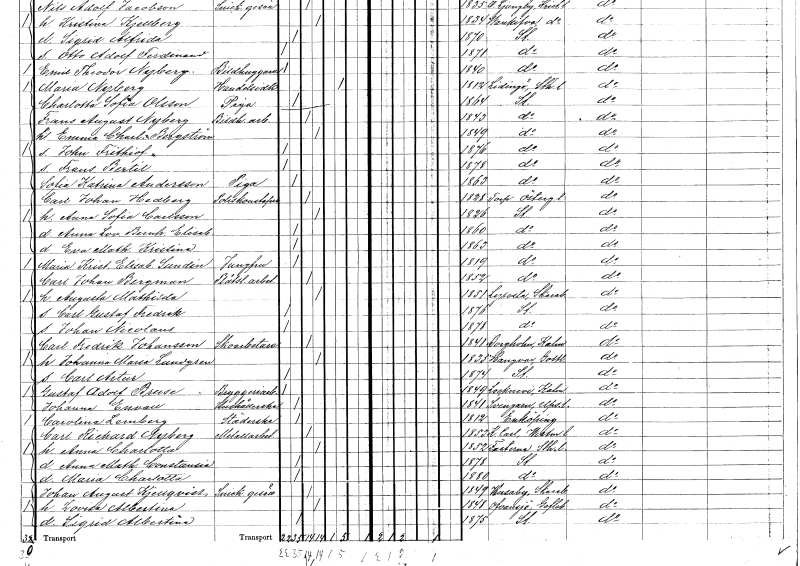
gt_parse: households: individuals: FN: Carl Johan
EN: Hedberg
YRKE: Poliskonstapel
KON: M
CIV: G
FODAR: 1828
FODFORS: Torpa Östergötlands län
FN: Anna Sofia
EN: Carlsson
KON: K
CIV: G
FODAR: 1826
FODFORS: Stockholm
FN: Anna Lovisa Bernhardina Elisabet
KON: K
CIV: O
FODAR: 1860
FODFORS: Stockholm
FN: Eva Mathilda Kristina
KON: K
CIV: O
FODAR: 1863
FODFORS: Stockholm
FN: Maria Kristina Elisabet
EN: Sundin
YRKE: Jungfru
KON: K
CIV: O
FODAR: 1819
FODFORS: Stockholm
FN: Carl Johan
EN: Bergman
YRKE: Plåtslageriarbetare
KON: M
CIV: G
FODAR: 1852
FODFORS: Stockholm
FN: Augusta Mathilda
KON: K
CIV: G
FODAR: 1851
FODFORS: Lyrestad Skaraborgs län
FN: Carl Gustaf Fredrik
KON: M
CIV: O
FODAR: 1876
FODFORS: Stockholm
FN: Johan Nicolaus
KON: M
CIV: O
FODAR: 1878
FODFORS: Stockholm
FN: Carl Fredrik
EN: Johansson
YRKE: Skoarbetare
KON: M
CIV: G
FODAR: 1841
FODFORS: Borgholm Kalmar län
FN: Johanna Maria
EN: Lundgren
KON: K
CIV: G
FODAR: 1835
FODFORS: Hangvar Gotlands län
FN: Carl Artur
KON: M
CIV: O
FODAR: 1874
FODFORS: Stockholm
FN: Gustaf Adolf
EN: Bruse
YRKE: Bryggeriarbetare
KON: M
CIV: O
FODAR: 1849
FODFORS: Locknevi Kalmar län
FN: Johanna
EN: Envall
YRKE: Hushållerska
KON: K
CIV: O
FODAR: 1841
FODFORS: Svinnegarn Uppsala län
FN: Carolina
EN: Lemberg
YRKE: Städerska
KON: K
CIV: O
FODAR: 1812
FODFORS: Enköping Uppsala län
FN: Carl Richard
EN: Nyberg
YRKE: Metallarbetare
KON: M
CIV: G
FODAR: 1853
FODFORS: Kung Karl Västmanlands län
FN: Anna Charlotta
KON: K
CIV: G
FODAR: 1852
FODFORS: Fasterna Stockholms län
FN: Anna Mathilda Constansie
KON: K
CIV: O
FODAR: 1878
FODFORS: Stockholm
FN: Maria Charlotta
KON: K
CIV: O
FODAR: 1880
FODFORS: Stockholm
FN: Johan August
EN: Kjellqvist
YRKE: Snickaregesäll
KON: M
CIV: G
FODAR: 1849
FODFORS: Husaby Skaraborgs län
FN: Lovisa Albertina
KON: K
CIV: G
FODAR: 1848
FODFORS: Ovansjö Gävleborgs län
FN: Sigrid Albertina
KON: K
CIV: O
FODAR: 1875
FODFORS: Stockholm